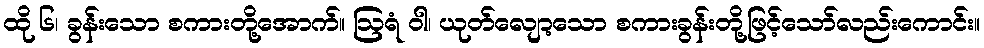
ထို ၆၊ ခွန်းသော စကားတို့အောက်။ ဩရံ ဝါ၊ ယုတ်လျော့သော စကားခွန်းတို့ဖြင့်သော်လည်းကောင်း။